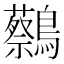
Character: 𪇭